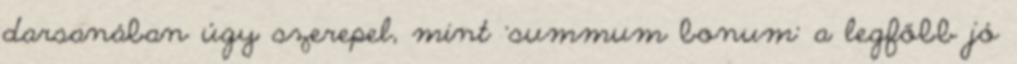
darsanában úgy szerepel, mint 'summum bonum' a legfőbb jó